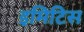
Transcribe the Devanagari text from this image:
इमिटिस